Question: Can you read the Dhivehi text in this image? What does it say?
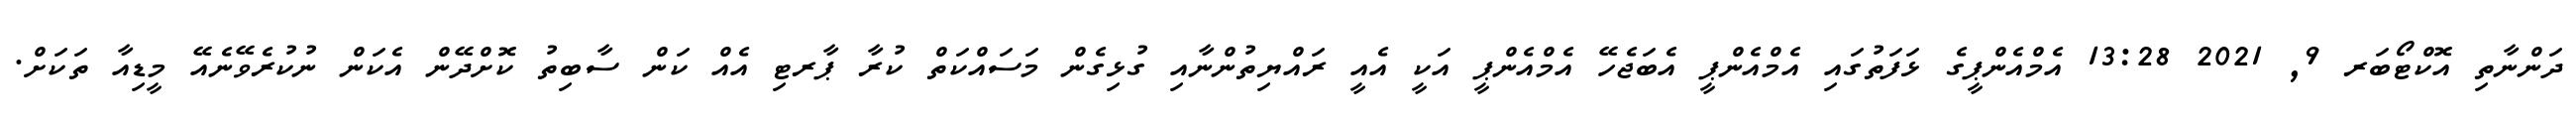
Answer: ދަންނާތި އޮކްޓޯބަރ 9, 2021 13:28 އެމްއެންޕީގެ ޅަފަތުގައި އެމްއެންޕީ އެބަޖެހޭ އެމްއެންޕީ އަކީ އެއީ ރައްޔިތުންނާއި ގުޅިގެން މަސައްކަތް ކުރާ ޕާރޓި އެއް ކަން ސާބިތު ކޮށްދޭން އެކަން ނުކުރެވޭނެއޭ މީޑިއާ ތަކަށް.